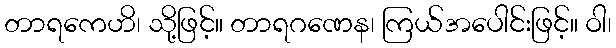
တာရကေဟိ၊ သို့ဖြင့်။ တာရဂဏေန၊ ကြယ်အပေါင်းဖြင့်။ ဝါ၊